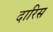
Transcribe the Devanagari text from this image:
दारिस